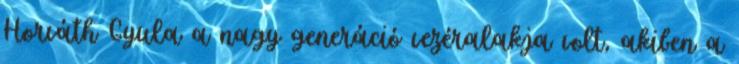
Horváth Gyula a nagy generáció vezéralakja volt, akiben a